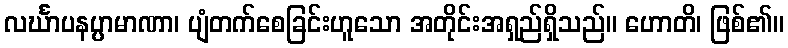
လင်္ဃာပနပ္ပာမာဏာ၊ ပျံတက်စေခြင်းဟူသော အတိုင်းအရှည်ရှိသည်။ ဟောတိ၊ ဖြစ်၏။